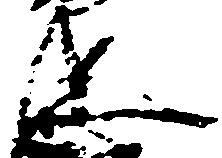
忠